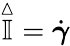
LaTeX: \overset\vartriangle{\mathbb{I}}=\dot{\boldsymbol{\gamma}}